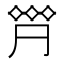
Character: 𠄷